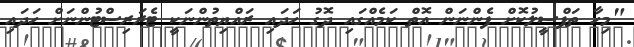
"މިހާ ތަފްސީލުކޮށް ފެންނަން އޮތް ކަމެއްގައި ދޮގު ހަދައި ރައްޔިތުންނަކީ ޓެރަރިސްޓުންނަށް ހަދައި